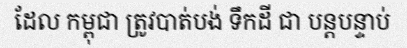
ដែល កម្ពុជា ត្រូវបាត់បង់ ទឹកដី ជា បន្តបន្ទាប់